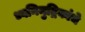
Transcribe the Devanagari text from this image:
ध्वनिमुद्रिकांचे